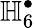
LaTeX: \mathbb{H}_{6}^{\bullet}